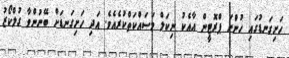
ހަށިގަނޑުގައި ހުންނަ ޕްރޮޓީން އާއެކު ނިކަލް މަސައްކަތްކުރެއެވެ. އަދި ހަށިގަނޑަށް ބޭނުންވާ ގުލްކޯޒު